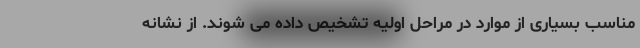
مناسب بسیاری از موارد در مراحل اولیه تشخیص داده می شوند. از نشانه